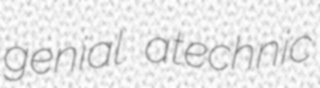
genial atechnic